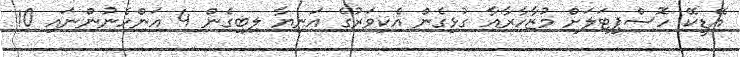
އޭޑީކޭ ހޮސްޕިޓަލަށް މުޒާހާރާއާ ގުޅިގެން އެކިވަރުގެ އަނިޔާ ލިބިގެން 4 އަންހެނުންނައި 10